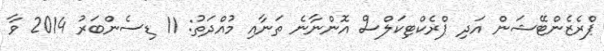
ޕްރެޒެންޓޭޝަން އަދި ޕްރެކްޓިކަލްސް އޮންނާނެ ތަނާއި މުއްދަތު: 11 ޑިސެންބަރު 2014 ވާ